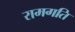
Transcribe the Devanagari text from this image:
रामगति